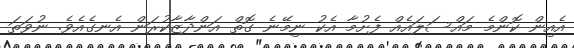
އެއިން ކޮންމެ މައްސަލައެއް ފެށުމާ އެކު ނިމޭނެ ގޮތް އަންދާޒާކުރަން އެނގެއެވެ. ނުވަތަ